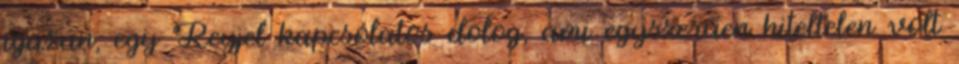
igazán, egy Reyjel kapcsolatos dolog, ami egyszerűen hiteltelen volt